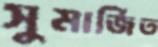
সুমার্জিত